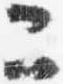
二